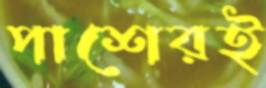
পাশেরই